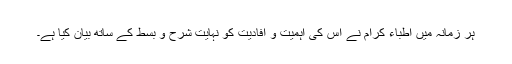
ہر زمانہ میں اطباء کرام نے اس کی اہمیت و افادیت کو نہایت شرح و بسط کے ساتھ بیان کیا ہے۔